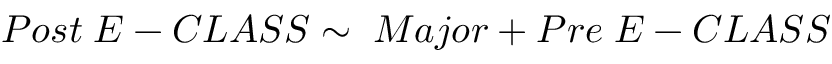
P o s t \; E - C L A S S \sim \; M a j o r + P r e \; E - C L A S S